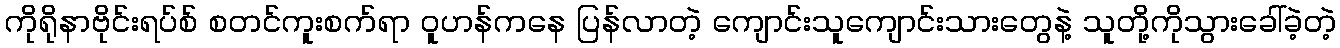
ကိုရိုနာဗိုင်းရပ်စ် စတင်ကူးစက်ရာ ဝူဟန်ကနေ ပြန်လာတဲ့ ကျောင်းသူကျောင်းသားတွေနဲ့ သူတို့ကိုသွားခေါ်ခဲ့တဲ့